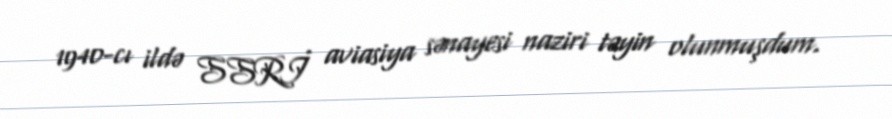
1940-cı ildə SSRİ aviasiya sənayesi naziri təyin olunmuşdum.